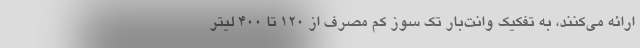
ارائه می‌کنند، به تفکیک وانت‌بار تک سوز کم‌ مصرف از ۱۲۰ تا ۴۰۰ لیتر